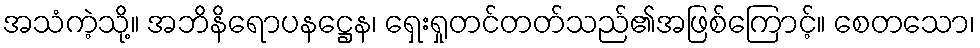
အသံကဲ့သို့။ အဘိနိရောပနဋ္ဌေန၊ ရှေးရှုတင်တတ်သည်၏အဖြစ်ကြောင့်။ စေတသော၊